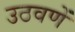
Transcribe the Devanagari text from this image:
उठवणें